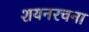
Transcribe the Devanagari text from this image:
शयनरचना